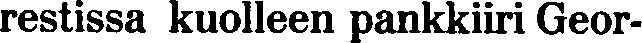
restissa kuolleen pankkiiri Geor-